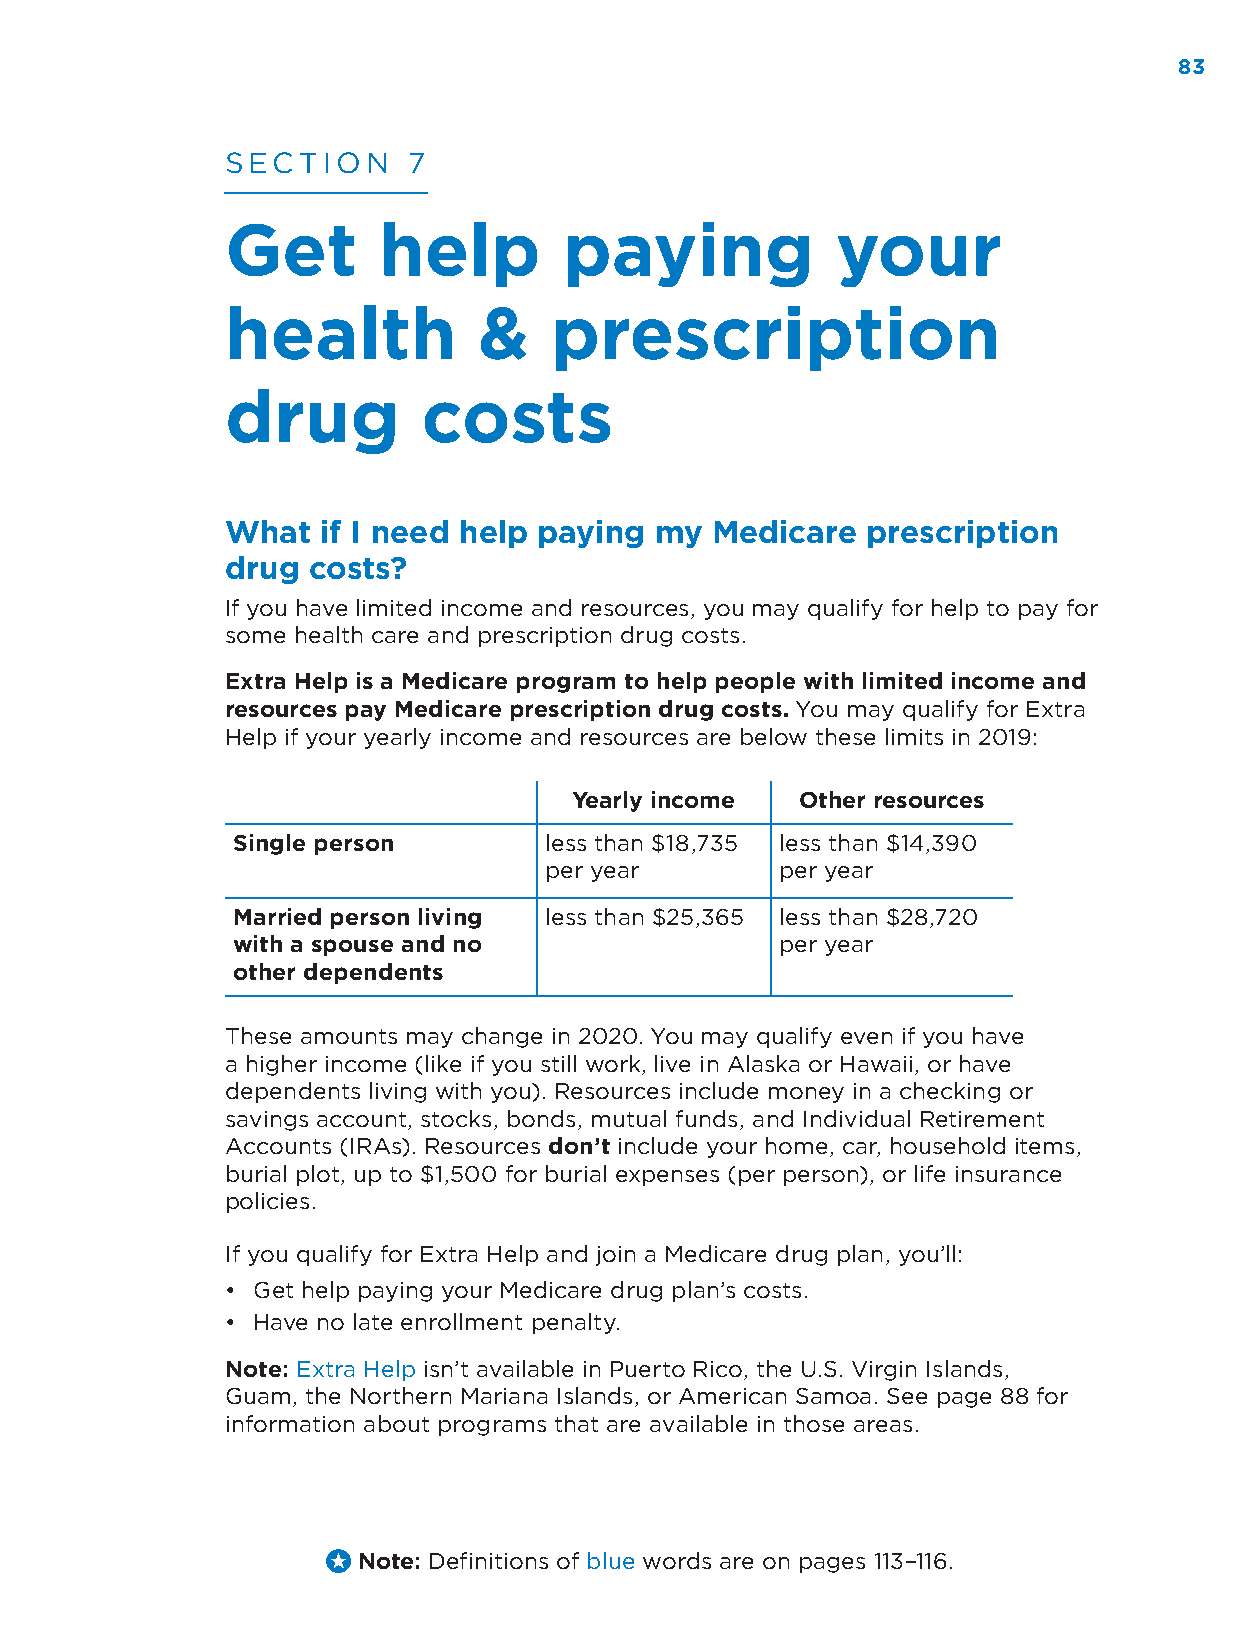
83
 SECTION     7
 Get       help        paying            your
 health           &   prescription
 drug         costs
 What  if I need help paying my  Medicare  prescription
 drug costs?
 If you have limited income and resources, you may qualify for help to pay for
 some health care and prescription drug costs.
 Extra Help is a Medicare program to help people with limited income and
 resources pay Medicare prescription drug costs. You may qualify for Extra
 Help if your yearly income and resources are below these limits in 2019:
 Yearly income  Other resources
 Single person        less than $18,735 less than $14,390
 per year        per year
 Married person living less than $25,365 less than $28,720
 with a spouse and no                 per year
 other dependents
 These amounts may change in 2020. You may qualify even if you have
 a higher income (like if you still work, live in Alaska or Hawaii, or have
 dependents living with you). Resources include money in a checking or
 savings account, stocks, bonds, mutual funds, and Individual Retirement
 Accounts (IRAs). Resources don’t include your home, car, household items,
 burial plot, up to $1,500 for burial expenses (per person), or life insurance
 policies.
 If you qualify for Extra Help and join a Medicare drug plan, you’ll:
 • Get help paying your Medicare drug plan’s costs.
 • Have no late enrollment penalty.
 Note: Extra Help isn’t available in Puerto Rico, the U.S. Virgin Islands,
 Guam, the Northern Mariana Islands, or American Samoa. See page 88 for
 information about programs that are available in those areas.
 Note: Definitions of blue words are on pages 113–116.